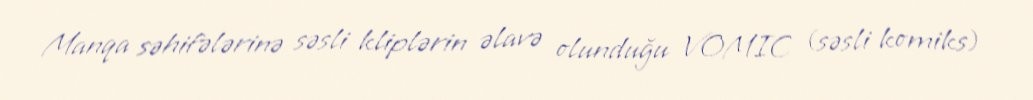
Manqa səhifələrinə səsli kliplərin əlavə olunduğu VOMIC (səsli komiks)